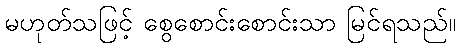
မဟုတ်သဖြင့် စွေစောင်းစောင်းသာ မြင်ရသည်။